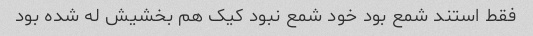
فقط استند شمع بود خود شمع نبود کیک هم بخشیش له شده بود